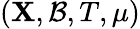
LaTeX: (\mathbf{X},{\mathcal{{B}}},T,\mu)